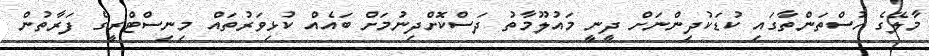
މާލޭގެ ހުސްތަންތާގައި ކުޑަކުދިންނަށް ދީނީ މައުލޫމާތު ދަސްކޮށްދިނުމަށް ބައެއް ކުޅިވަރުތައް މިނިސްޓްރީގެ ފަރާތުން